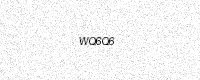
Text: WQ6Q6